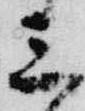
三